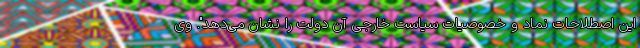
این اصطلاحات نماد و خصوصیات سیاست خارجی آن دولت را نشان می‌دهد". وی